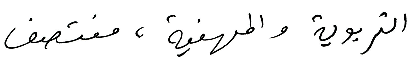
التربوية والمهنية، منتصف